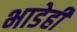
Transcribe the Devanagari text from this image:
भाडेही